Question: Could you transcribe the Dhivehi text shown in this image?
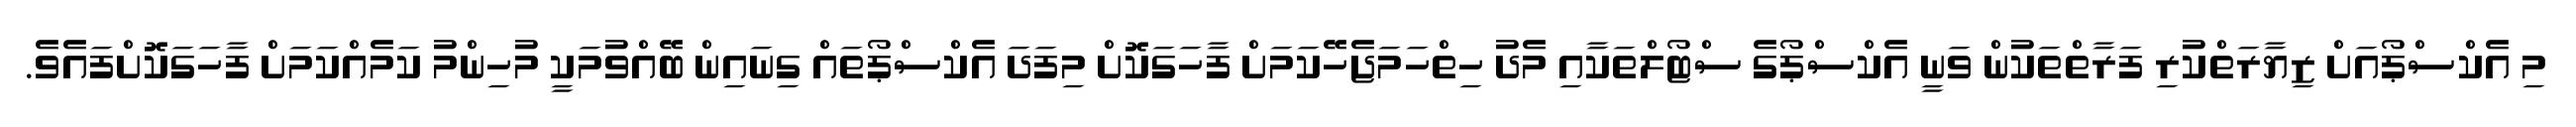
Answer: މި އެކްސްޕޯއަށް ޒިޔާރަތްކުރި ފަރާތްތަކުން ވަނީ އެކްސްޕޯގެ ސްޓޯލްތަކާއި މެދު ހިތްހަމަޖެހޭކަމަށް ފާހަގަކޮށް މިފަދަ އެކްސްޕޯތައް ގިނައިން ބޭއްވުމަކީ މުހިންމު ކަމެއްކަމަށް ފާހަގަކޮށްފައެވެ.